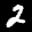
Label: 2